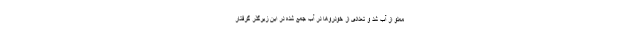
مملو از آب شد و تعدادی از خودروها در آب جمع شده در این زیرگذر گرفتار